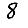
Digit: 8